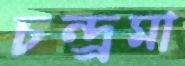
চন্দ্র্রমা